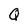
Character: Q